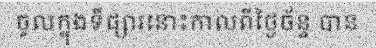
ចូលក្នុងទីផ្សារនោះកាលពីថ្ងៃច័ន្ទ បាន